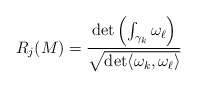
\begin{align*} R_j(M) = \frac{ \det \left( \int_{\gamma_k} \omega_{\ell} \right)}{ \sqrt{ \det \langle \omega_k, \omega_{\ell} \rangle}} \end{align*}